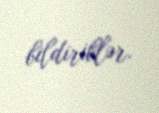
bildiriblər.